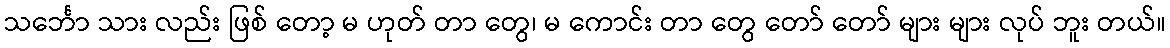
သင်္ဘော သား လည်း ဖြစ် တော့ မ ဟုတ် တာ တွေ၊ မ ကောင်း တာ တွေ တော် တော် များ များ လုပ် ဘူး တယ်။